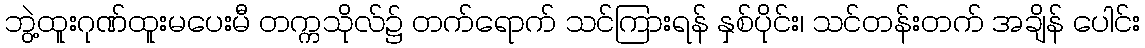
ဘွဲ့ထူးဂုဏ်ထူးမပေးမီ တက္ကသိုလ်၌ တက်ရောက် သင်ကြားရန် နှစ်ပိုင်း၊ သင်တန်းတက် အချိန် ပေါင်း